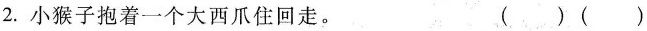
2.小猴子抱着一个大西爪住回走。（ ）（ ）